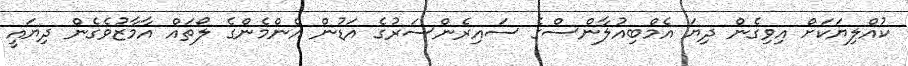
ކުއްލިޔަކަށް އިވިގެން ދިޔަ އެމްބިއުލާންސްގެ ސައިރެންސަރުގެ އަޑުން އެންމެންގެ ލޯތައް އާމާޒުވެގެން ދިޔައީ